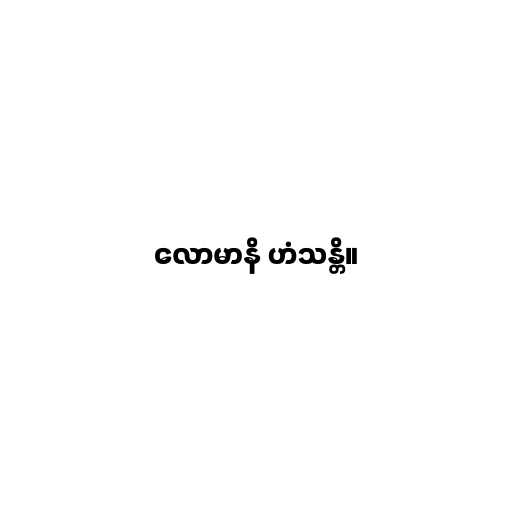
လောမာနိ ဟံသန္တိ။